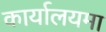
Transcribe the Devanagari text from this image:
कार्यालयमा